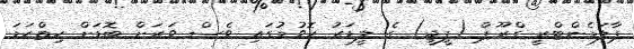
ޕާލަމެންޓްރީ ގްރޫޕް (ޕީޖީ) ގެ ލީޑަރު ހޮވުމުގައި ވެސް ވަރަށް ބޮޑަށް ހިތްހަމަ